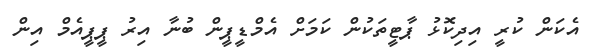
އެކަން ކުރީ އިދިކޮޅު ޕާޓީތަކުން ކަމަށް އެމްޑީޕީން ބުނާ އިރު ޕީޕީއެމް އިން